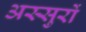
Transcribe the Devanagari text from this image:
अस्सुरों